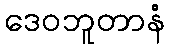
ဒေဝဘူတာနံ